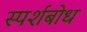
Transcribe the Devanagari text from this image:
स्पर्शबोध